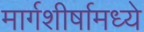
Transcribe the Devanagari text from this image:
मार्गशीर्षामध्ये